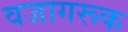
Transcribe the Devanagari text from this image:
वजागरूक